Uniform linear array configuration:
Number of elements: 16
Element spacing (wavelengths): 1
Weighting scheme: kaiser
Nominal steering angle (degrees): -60
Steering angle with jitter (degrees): -60.366
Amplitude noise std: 0.05
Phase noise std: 0.05

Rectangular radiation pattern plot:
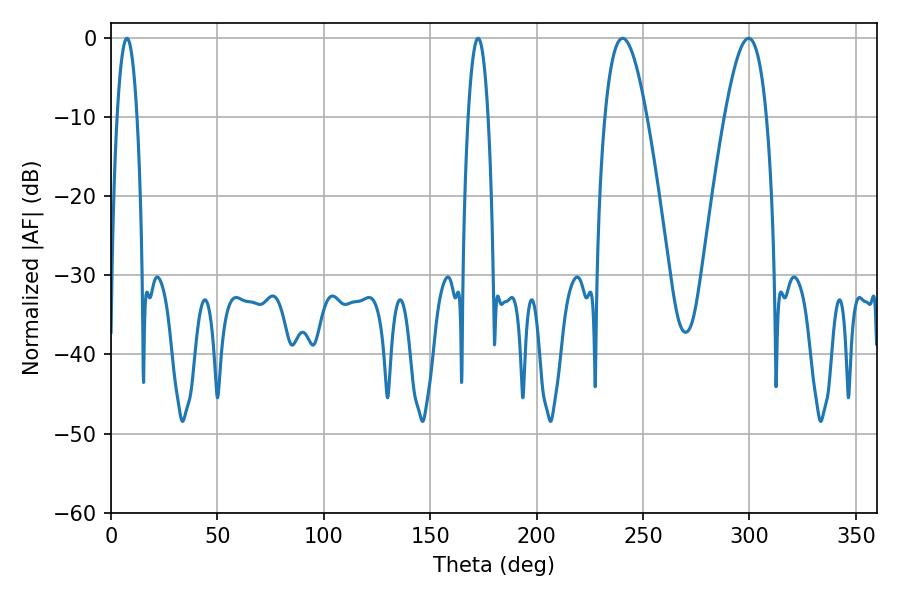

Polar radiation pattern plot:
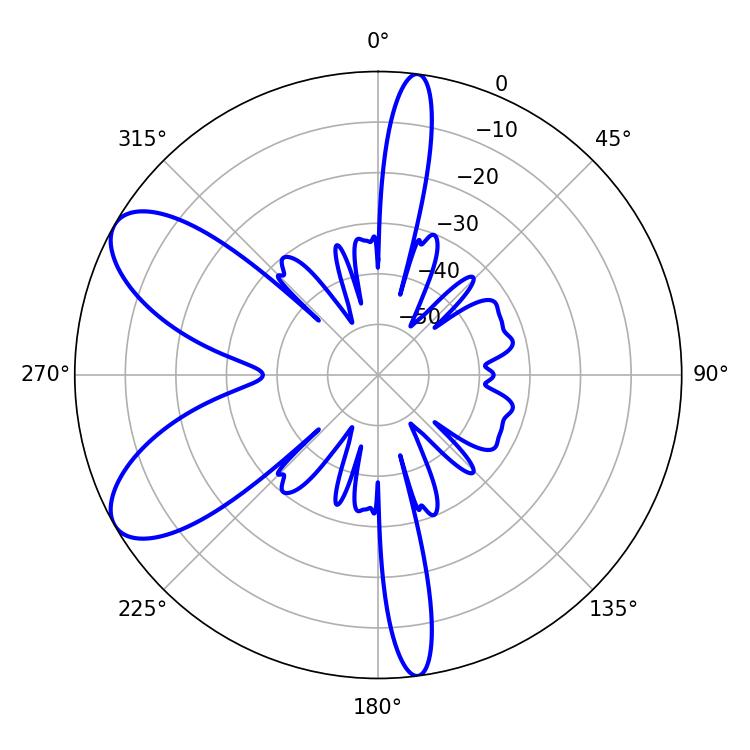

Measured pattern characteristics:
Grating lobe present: TRUE
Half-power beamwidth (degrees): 10.8
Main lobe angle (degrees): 240.48